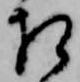
相